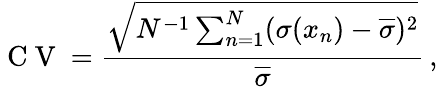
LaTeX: \mathrm{~C~V~}=\frac{\sqrt{N^{-1}\sum_{n=1}^{N}(\sigma(x_{n})-\overline{\sigma})^{2}}}{\overline{\sigma}}\, ,